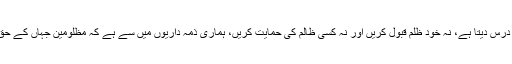
کربلا ظلم ستیزی کا درس دیتا ہے، نہ خود ظلم قبول کریں اور نہ کسی ظالم کی حمایت کریں، ہماری ذمہ داریوں میں سے ہے کہ مظلومین جہاں کے حق میں آواز بلند کریں۔